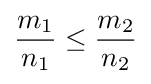
{\frac {m_{1}}{n_{1}}}\leq {\frac {m_{2}}{n_{2}}}